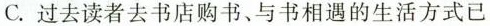
C. 过去读者去书店购书、与书相遇的生活方式已